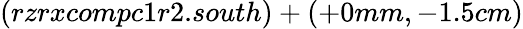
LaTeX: (rzrxcompc1r2.south)+(+0mm,-1.5cm)